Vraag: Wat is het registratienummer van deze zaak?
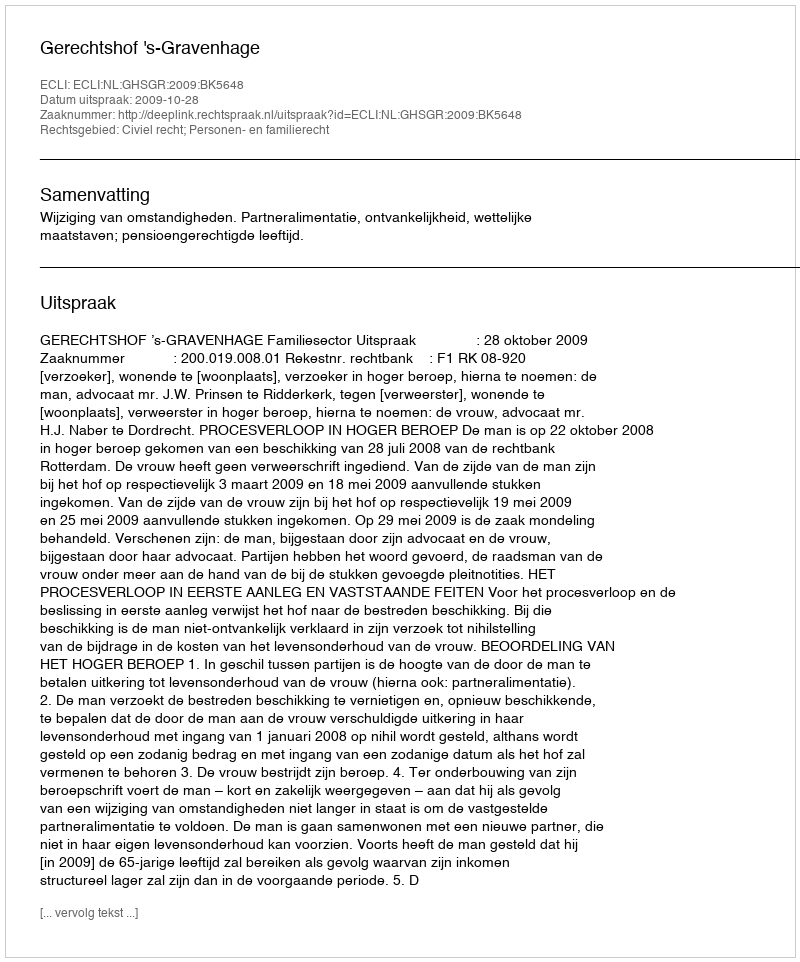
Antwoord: http://deeplink.rechtspraak.nl/uitspraak?id=ECLI:NL:GHSGR:2009:BK5648